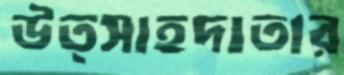
উত্সাহদাতার